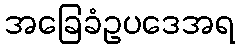
အခြေခံဥပဒေအရ